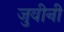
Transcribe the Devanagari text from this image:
जुवीनी